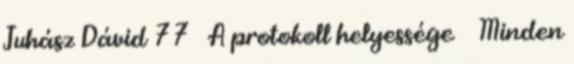
Juhász Dávid 77 A protokoll helyessége ● Minden